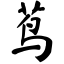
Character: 茑